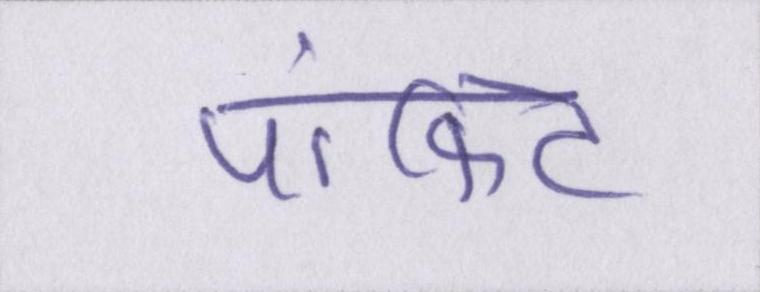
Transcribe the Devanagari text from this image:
पॉकिट